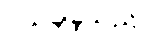
ပယ်ချခဲ့သည်